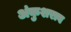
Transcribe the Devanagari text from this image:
अंकुशराव